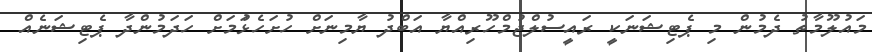
މައުލޫމާތު ދެމުން މި ޕެޓިޝަނަކީ ރައީސުލްޖުމްހޫރިއްޔާ އަބްދު ޔާމިނަށް ހުށަހެޅުަމަށް ހަދަމުންދާ ޕެޓިޝަނެއް